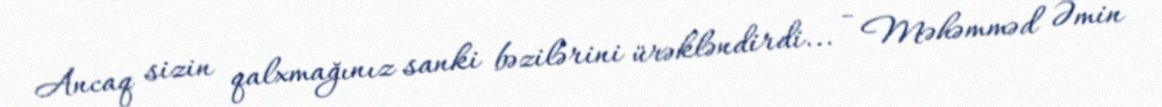
Ancaq sizin qalxmağınız sanki bəzilərini ürəkləndirdi... - Məhəmməd Əmin